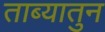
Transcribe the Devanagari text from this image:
ताब्यातुन